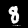
Label: 8